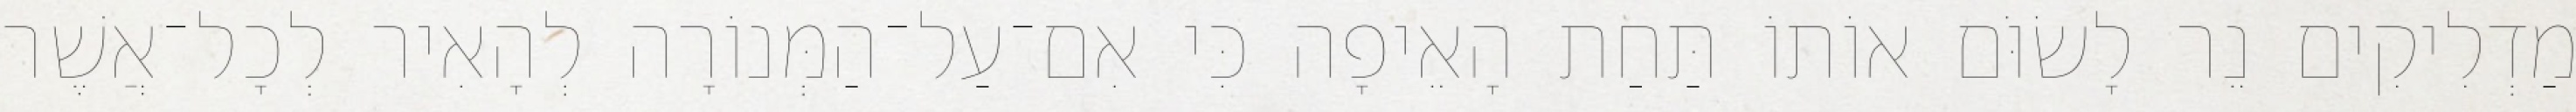
מַדְלִיקִים נֵר לָשׂוֹּם אוֹתוֹ תַּחַת הָאֵיפָה כִּי אִם־עַל־הַמְּנוֹרָה לְהָאִיר לְכָל־אֲשֶׁר